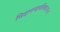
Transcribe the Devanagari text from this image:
चिदानन्दलतिका॥६॥